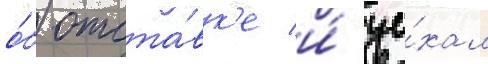
о́б отста́вк'е и́ уе́хал